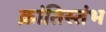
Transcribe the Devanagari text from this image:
क्रांतिस्तंभ